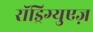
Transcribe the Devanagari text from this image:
रॉड्रिग्युएज़